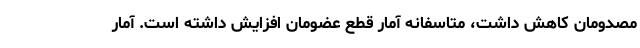
مصدومان کاهش داشت، متاسفانه آمار قطع عضومان افزایش داشته است. آمار